Language: tamil
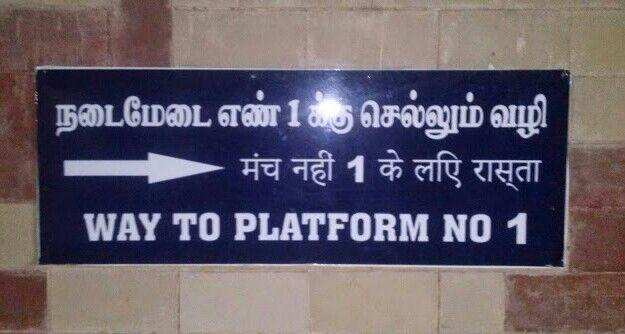
Transcription: நடைமேடை எண் வழி செல்லும் க்கு